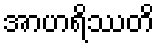
အာဟရိဿတိ